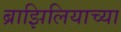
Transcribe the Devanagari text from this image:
ब्राझिलियाच्या